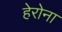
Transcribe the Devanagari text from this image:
हेरोना